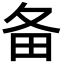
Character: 备